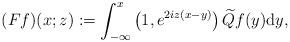
LaTeX: \begin{align*}(Ff)(x;z):=\int_{-\infty}^x\left(1,e^{2iz(x-y)}\right)\widetilde{Q} f(y)\mathrm{d}y,\end{align*}